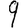
Digit: 9